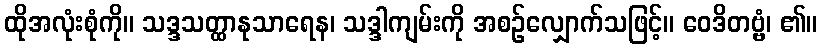
ထိုအလုံးစုံကို။ သဒ္ဒသတ္ထာနုသာရေန၊ သဒ္ဒါကျမ်းကို အစဉ်လျှောက်သဖြင့်။ ဝေဒိတဗ္ဗံ၊ ၏။